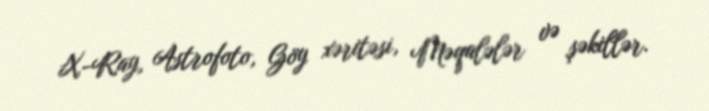
X-Ray, Astrofoto, Göy xəritəsi, Məqalələr və şəkillər.